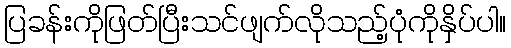
ပြခန်းကိုဖြတ်ပြီးသင်ဖျက်လိုသည့်ပုံကိုနှိပ်ပါ။